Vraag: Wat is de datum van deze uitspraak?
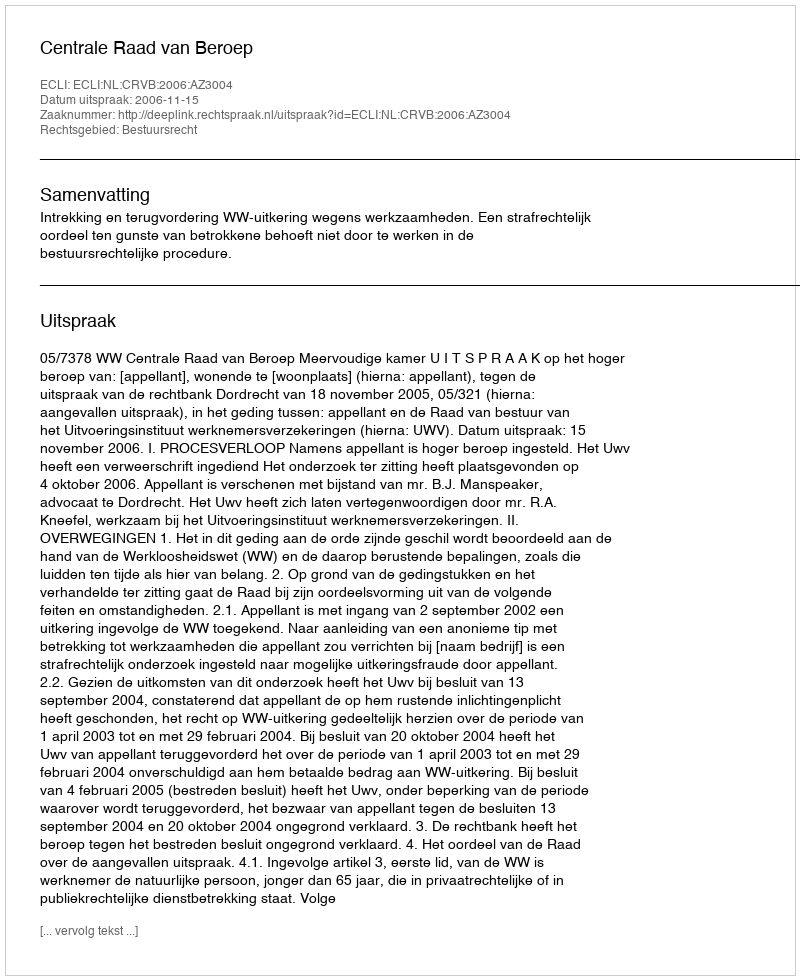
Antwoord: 2006-11-15